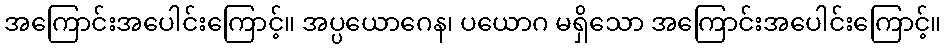
အကြောင်းအပေါင်းကြောင့်။ အပ္ပယောဂေန၊ ပယောဂ မရှိသော အကြောင်းအပေါင်းကြောင့်။